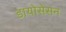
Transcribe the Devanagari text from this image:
डायोसेसन